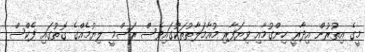
މީގެ އިތުރުން އިދާރީ ހިންގުމާއި ވިޔަފާރި މުއާމަލާތުތަކުގައިވެސް ރަސްމީ ލިޔުމެއްގެ ގޮތުގައި ފެކްސް